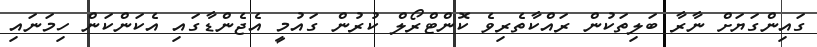
ގައިންގަޔަށް ނާރާ ބަލިތަކުން ރައްކާތެރިވެ ކޮންޓްރޯލް ކުރުން ގައުމީ އެޖެންޑާގައި އެކަންކަން ހިމަނައި